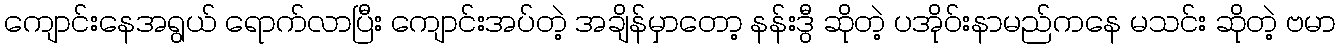
ကျောင်းနေအရွယ် ရောက်လာပြီး ကျောင်းအပ်တဲ့ အချိန်မှာတော့ နန်းဒွီ ဆိုတဲ့ ပအိုဝ်းနာမည်ကနေ မသင်း ဆိုတဲ့ ဗမာ